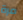
مرة